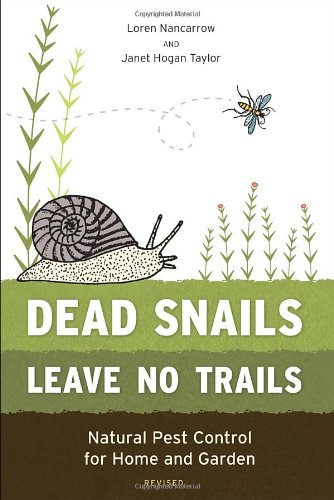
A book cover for Dead Snails Leave No Trails, Revised: Natural Pest Control for Home and Garden; Loren Nancarrow; Science & Math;